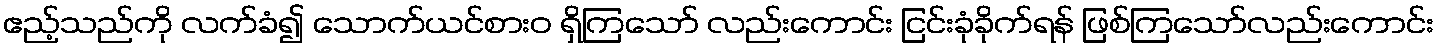
ဧည့်သည်ကို လက်ခံ၍ သောက်ယင်စားဝ ရှိကြသော် လည်းကောင်း ငြင်းခုံခိုက်ရန် ဖြစ်ကြသော်လည်းကောင်း